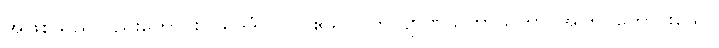
အဖြစ်သည်လည်းကောင်း။ ယဒိဒံ (ယာ ဧသာ) ကလျာဏသဟာယတာ၊ အကြင်ကောင်းသော